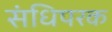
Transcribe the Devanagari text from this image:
संधिपरक